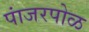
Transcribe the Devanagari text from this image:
पांजरपोळ